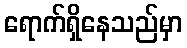
ရောက်ရှိနေသည်မှာ